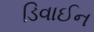
ડિવાઈન